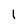
Character: I